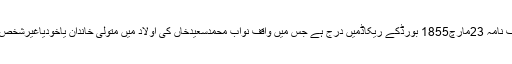
صرف نواب محمد سعیدخاں کے وقف 1234 میں وقف نامہ 23مارچ1855 بورڈکے ریکاڈمیں درج ہے جس میں واقف نواب محمدسعیدخاں کی اولاد میں متولی خاندان یاخودیاغیرشخص جوبھی لائق دیانت دارہونے کی شرط لکھی گئی ہے۔